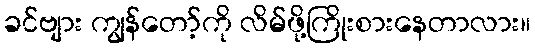
ခင်ဗျား ကျွန်တော့်ကို လိမ်ဖို့ကြိုးစားနေတာလား။